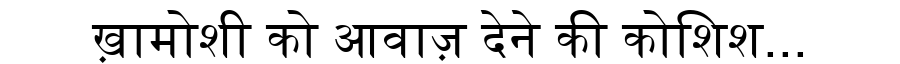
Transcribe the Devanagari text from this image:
ख़ामोशी को आवाज़ देने की कोशिश...